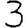
Digit: 3